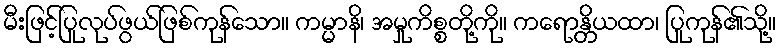
မီးဖြင့်ပြုလုပ်ဖွယ်ဖြစ်ကုန်သော။ ကမ္မာနိ၊ အမှုကိစ္စတို့ကို။ ကရောန္တိယထာ၊ ပြုကုန်၏သို့။